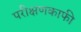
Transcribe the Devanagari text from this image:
परीक्षणकाफी